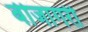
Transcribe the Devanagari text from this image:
बीजागरी